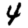
Digit: 4